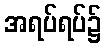
အရပ်ရပ်၌